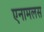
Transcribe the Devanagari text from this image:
एनामलस